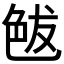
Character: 𦫘